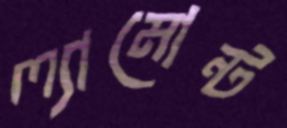
ল্যামোন্ট